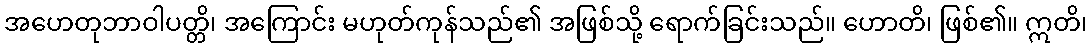
အဟေတုဘာဝါပတ္တိ၊ အကြောင်း မဟုတ်ကုန်သည်၏ အဖြစ်သို့ ရောက်ခြင်းသည်။ ဟောတိ၊ ဖြစ်၏။ ဣတိ၊